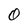
Character: 0